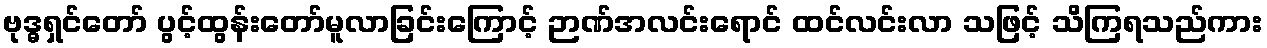
ဗုဒ္ဓရှင်တော် ပွင့်ထွန်းတော်မူလာခြင်းကြောင့် ဉာဏ်အလင်းရောင် ထင်လင်းလာ သဖြင့် သိကြရသည်ကား